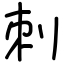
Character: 刺